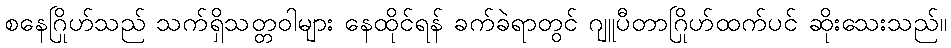
စနေဂြိုဟ်သည် သက်ရှိသတ္တဝါများ နေထိုင်ရန် ခက်ခဲရာတွင် ဂျူပီတာဂြိုဟ်ထက်ပင် ဆိုးသေးသည်။